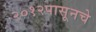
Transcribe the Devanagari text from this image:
२०१२पासूनचे